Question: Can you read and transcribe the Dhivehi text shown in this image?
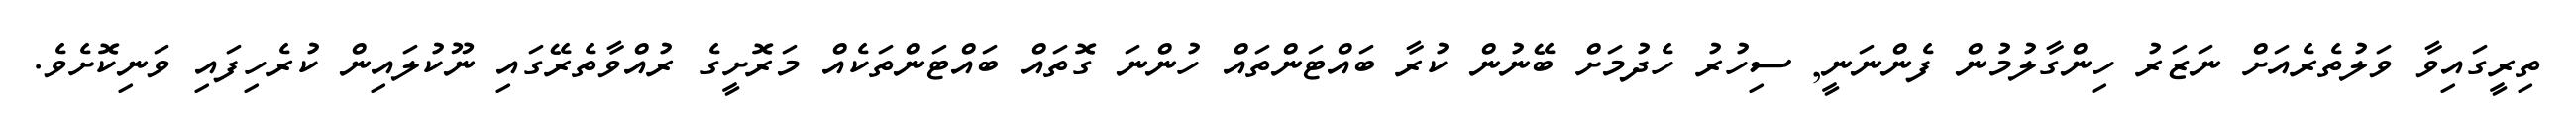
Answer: ތިރީގައިވާ ވަލުތެރެއަށް ނަޒަރު ހިންގާލުމުން ފެންނަނީ, ސިހުރު ހެދުމަށް ބޭނުން ކުރާ ބައްޓަންތައް ހުންނަ ގޮތައް ބައްޓަންތަކެއް މަރޮށީގެ ރުއްވާތެރޭގައި ނޫކުލައިން ކުރެހިފައި ވަނިކޮށެވެ.